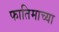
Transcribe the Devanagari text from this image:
फातिमाच्या